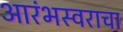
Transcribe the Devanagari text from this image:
आरंभस्वराचा